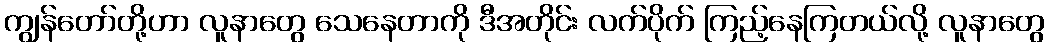
ကျွန်တော်တို့ဟာ လူနာတွေ သေနေတာကို ဒီအတိုင်း လက်ပိုက် ကြည့်နေကြတယ်လို့ လူနာတွေ